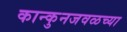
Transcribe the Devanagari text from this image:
कान्कुनजवळच्या